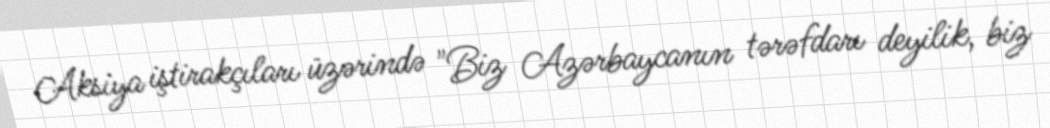
Aksiya iştirakçıları üzərində "Biz Azərbaycanın tərəfdarı deyilik, biz